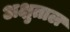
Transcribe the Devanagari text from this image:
अक्षुताल